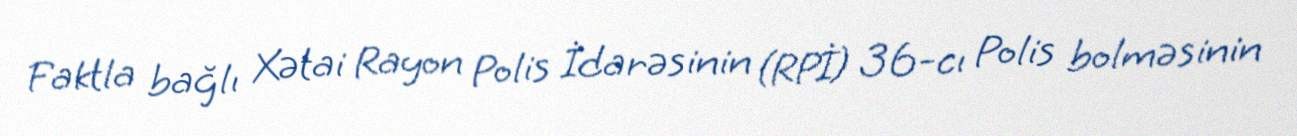
Faktla bağlı Xətai Rayon Polis İdarəsinin (RPİ) 36-cı Polis bolməsinin